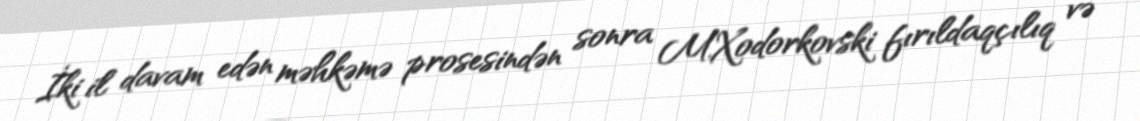
İki il davam edən məhkəmə prosesindən sonra M.Xodorkovski fırıldaqçılıq və